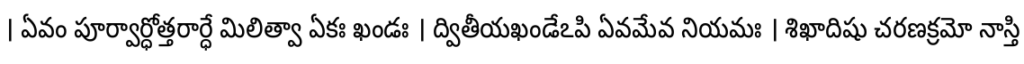
। ఏవం పూర్వార్ధోత్తరార్ధే మిలిత్వా ఏకః ఖండః । ద్వితీయఖండేఽపి ఏవమేవ నియమః । శిఖాదిషు చరణక్రమో నాస్తి